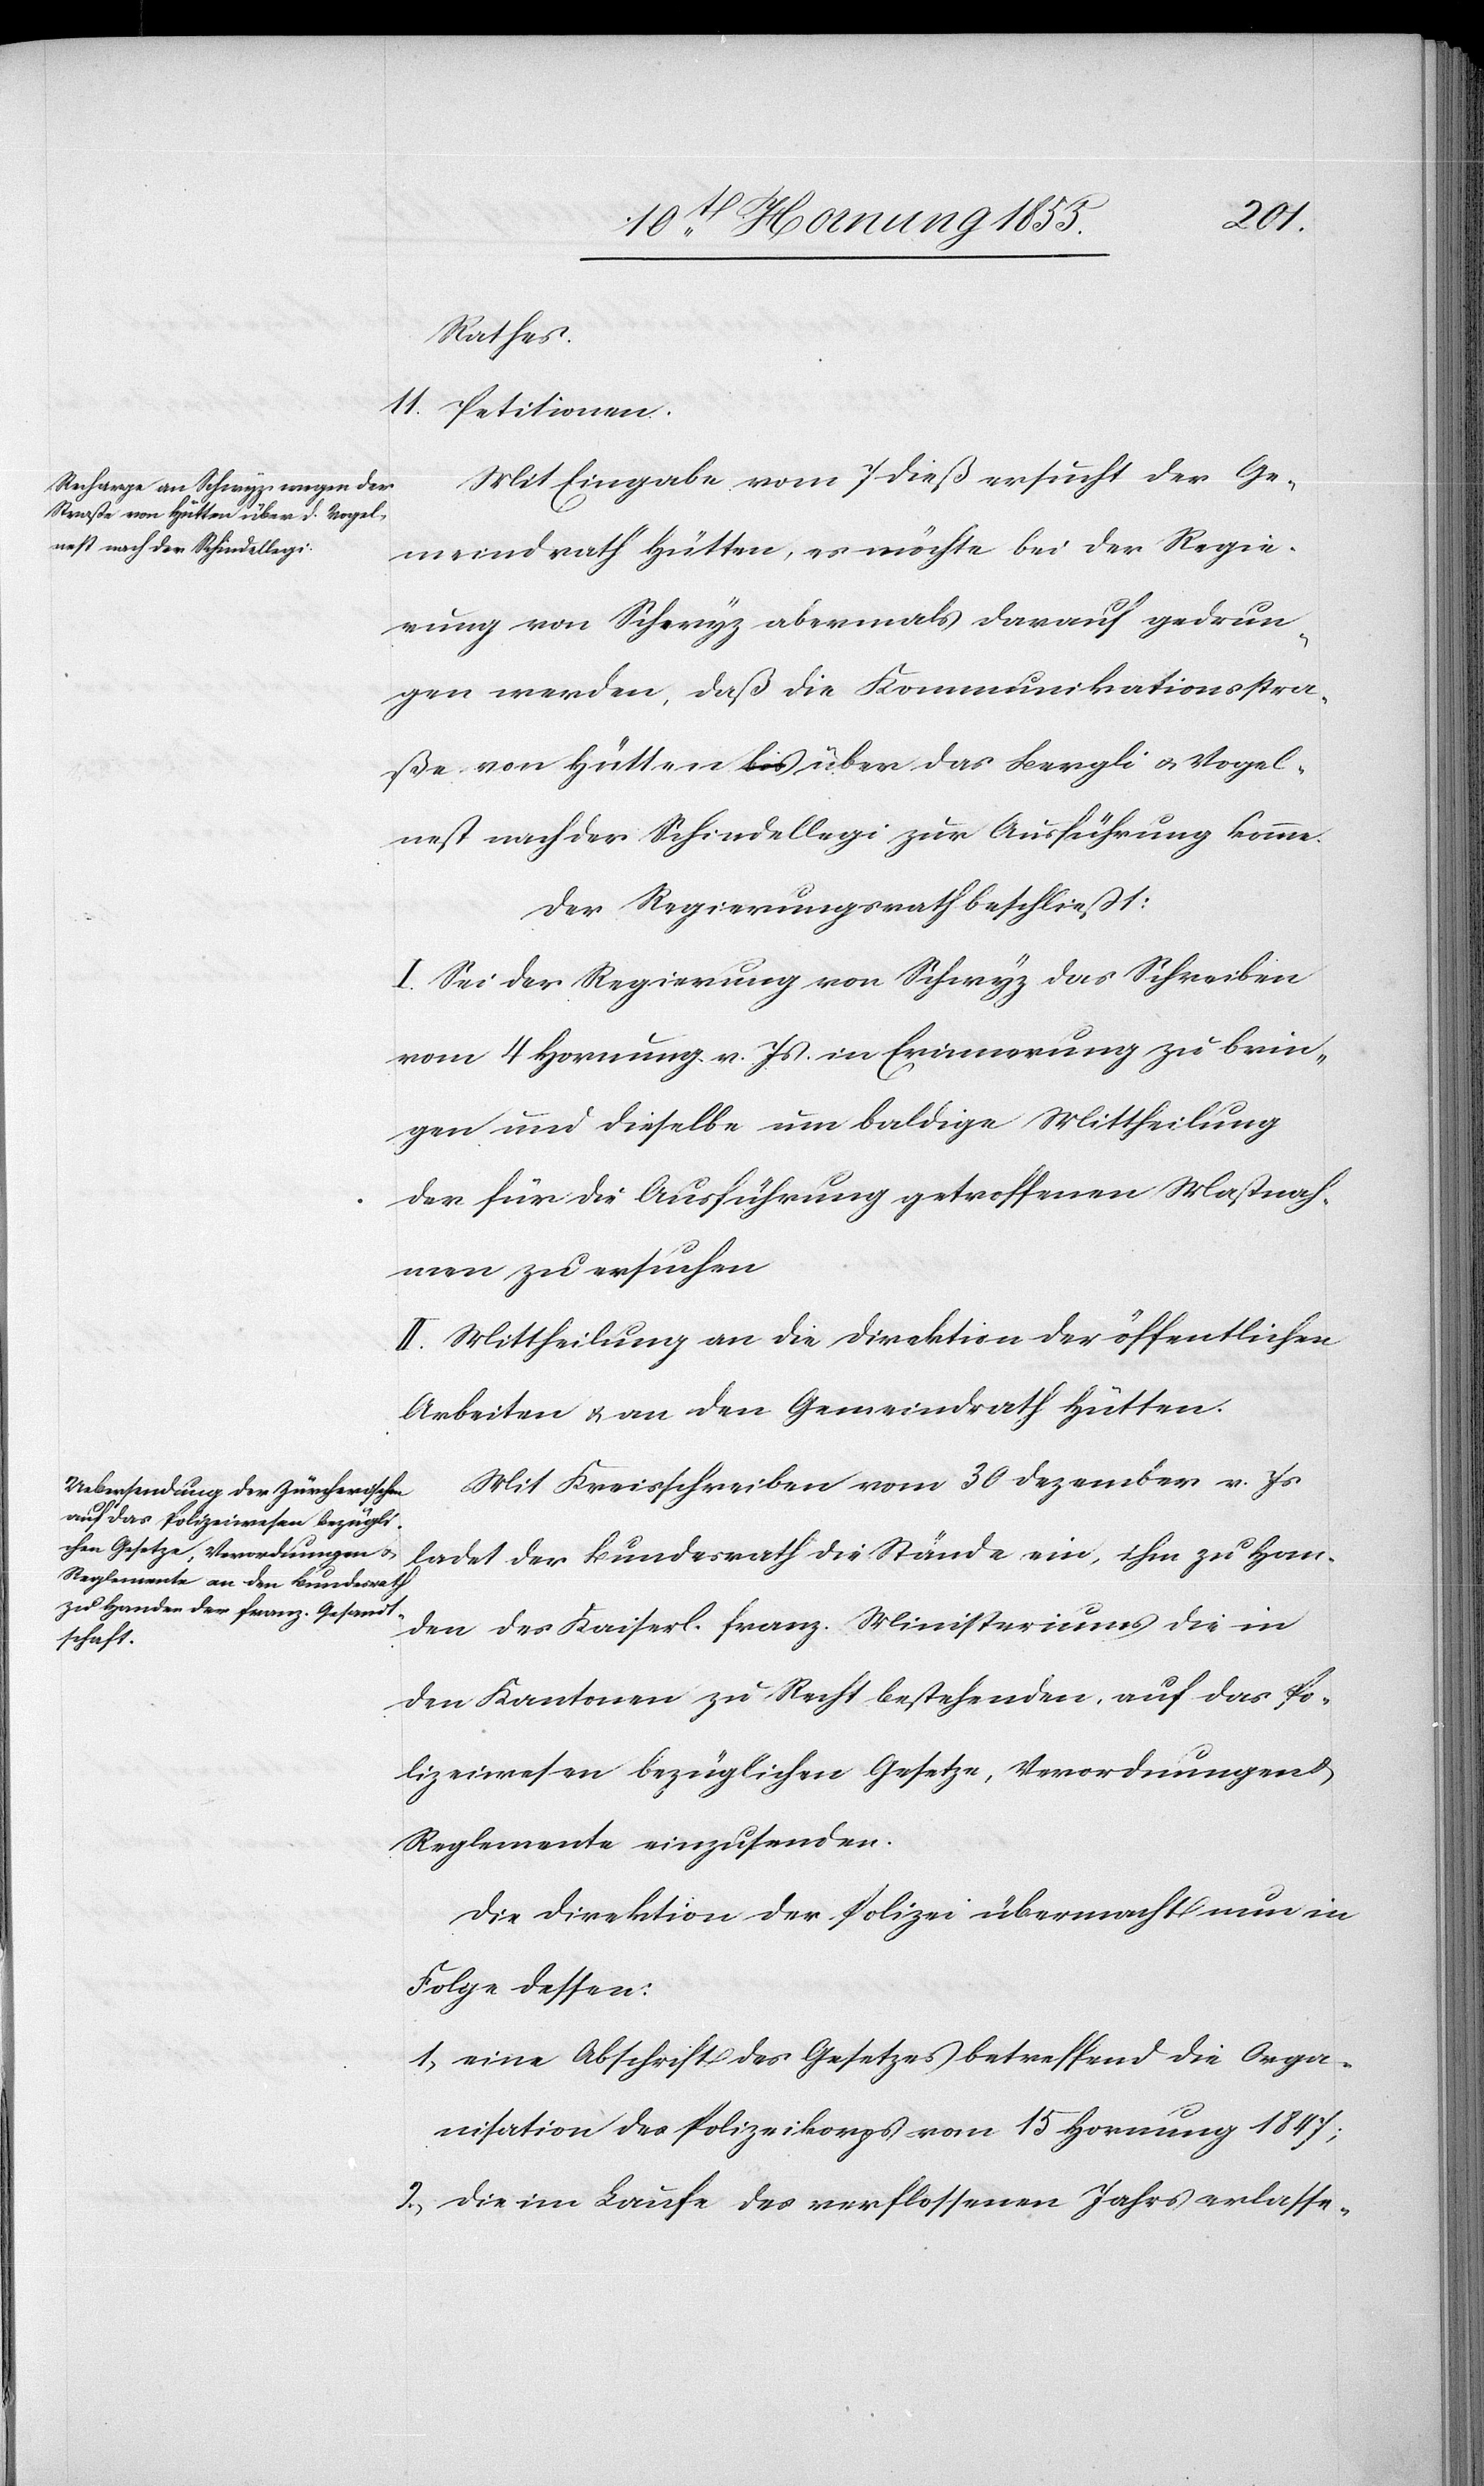
11.
Rathes.
Petitionen.
Mit Eingabe vom 7 dieß ersucht der Ge¬
meindrath Hütten, es möchte bei der Regie¬
rung von Schwyz abermals darauf gedrun¬
gen werden, daß die Kommunikationsstra¬
ße von Hütten a-bis-a über das Bergli & Vogel¬
nest nach der Schindellegi zur Ausführung komme.
Der Regierungsrath beschließt:
I. Sei der Regierung von Schwyz das Schreiben
vom 4 Hornung v. Js. in Erinnerung zu brin¬
gen und dieselbe um baldige Mittheilung
der für die Ausführung getroffenen Maßnah¬
men zu ersuchen
II. Mittheilung an die Direktion der öffentlichen
Arbeiten & an den Gemeindrath Hütten.
Mit Kreisschreiben vom 30 Dezember v. Js
ladet der Bundesrath die Stände ein, ihm zu Han¬
den des Kaiserl. franz. Ministeriums die in
den Kantonen zu Recht bestehenden, auf das Po¬
lizeiwesen bezüglichen Gesetze, Verordnungen &
Reglemente einzusenden.
Die Direktion der Polizei übermacht nun in
Folge dessen:
eine Abschrift des Gesetzes betreffend die Orga¬
nisation des Polizeikorps vom 15 Hornung 1847;
die im Laufe des verflossenen Jahrs erlasse-